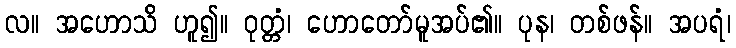
လ။ အဟောသိ ဟူ၍။ ဝုတ္တံ၊ ဟောတော်မူအပ်၏။ ပုန၊ တစ်ဖန်။ အပရံ၊